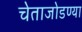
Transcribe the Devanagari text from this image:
चेताजोडण्या